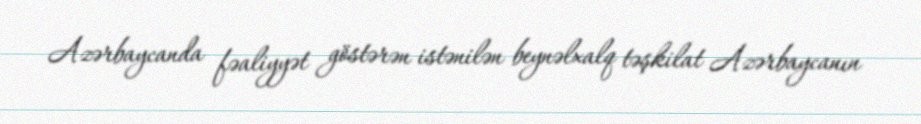
Azərbaycanda fəaliyyət göstərən istənilən beynəlxalq təşkilat Azərbaycanın